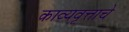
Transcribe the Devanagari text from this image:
काव्यवृत्ताचे